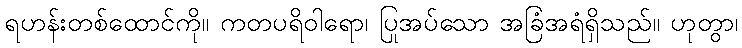
ရဟန်းတစ်ထောင်ကို။ ကတပရိဝါရော၊ ပြုအပ်သော အခြံအရံရှိသည်။ ဟုတွာ၊